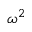
\omega ^ { 2 }